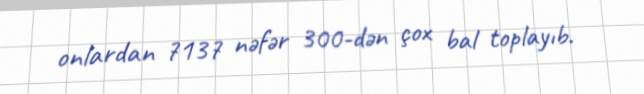
onlardan 7137 nəfər 300-dən çox bal toplayıb.